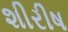
શીરીષ